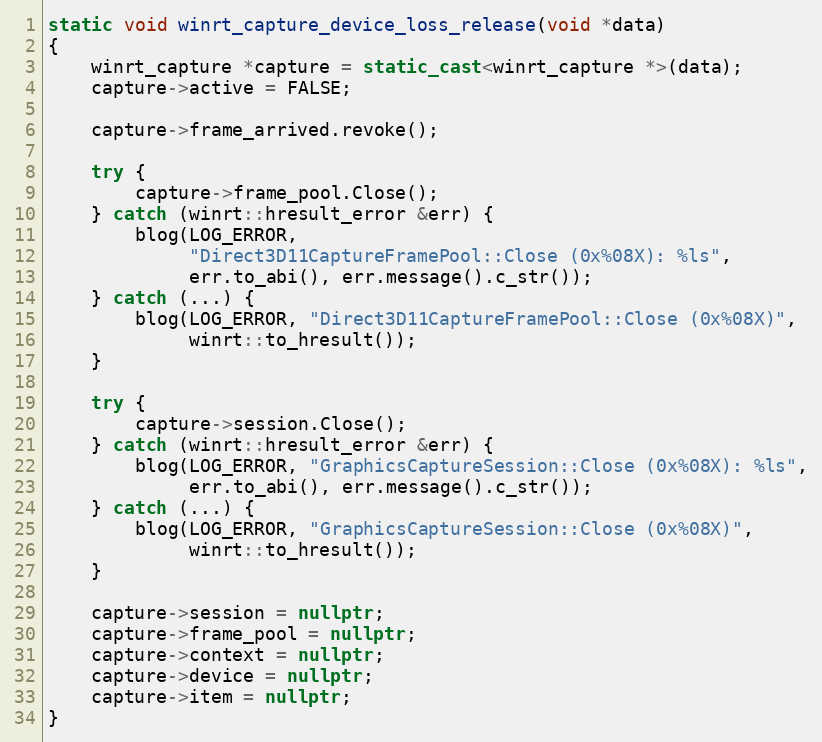
Language: C++
static void winrt_capture_device_loss_release(void *data)
{
	winrt_capture *capture = static_cast<winrt_capture *>(data);
	capture->active = FALSE;

	capture->frame_arrived.revoke();

	try {
		capture->frame_pool.Close();
	} catch (winrt::hresult_error &err) {
		blog(LOG_ERROR,
		     "Direct3D11CaptureFramePool::Close (0x%08X): %ls",
		     err.to_abi(), err.message().c_str());
	} catch (...) {
		blog(LOG_ERROR, "Direct3D11CaptureFramePool::Close (0x%08X)",
		     winrt::to_hresult());
	}

	try {
		capture->session.Close();
	} catch (winrt::hresult_error &err) {
		blog(LOG_ERROR, "GraphicsCaptureSession::Close (0x%08X): %ls",
		     err.to_abi(), err.message().c_str());
	} catch (...) {
		blog(LOG_ERROR, "GraphicsCaptureSession::Close (0x%08X)",
		     winrt::to_hresult());
	}

	capture->session = nullptr;
	capture->frame_pool = nullptr;
	capture->context = nullptr;
	capture->device = nullptr;
	capture->item = nullptr;
}